Document type: Grant of rights
Year: 1326
Scribe: Bernat de Vilarúbia
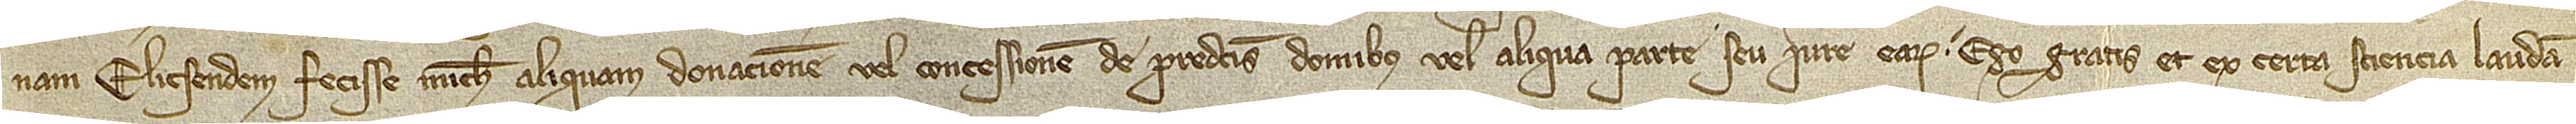
nam Elicsendem fecisse michi aliquam donacionem vel concessionem de predictis domibus vel aliqua parte seu iure earum, ego gratis et ex certa sciencia, laudan-